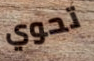
تحوي